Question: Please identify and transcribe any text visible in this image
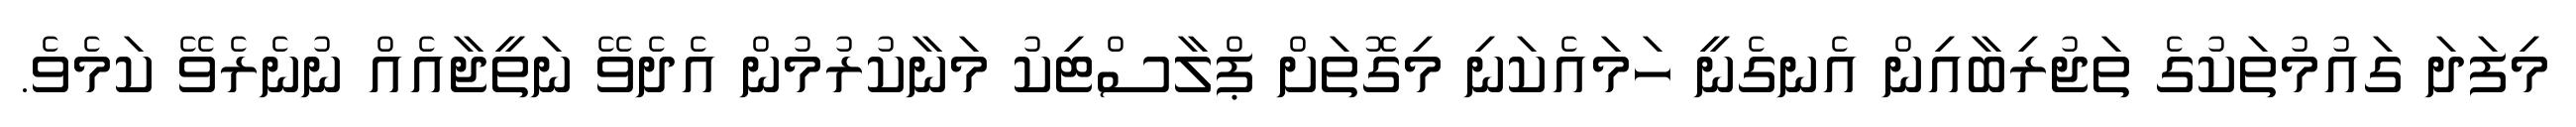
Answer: މިފަދަ ގައުމުތަކުގެ ތަޖުރިބާއިން އެނގެނީ ހަމައެކަނި މިގޮތަށް ޕްލާސްޓިކު މަނާކުރުމުން އެދެވޭ ނަތީޖާއެއް ނުނެރެވޭ ކަމެވެ.